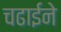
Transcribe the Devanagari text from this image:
चढाईने